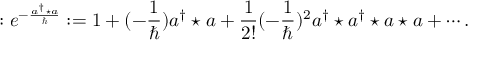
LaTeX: : e ^ { - \frac { a ^ { \dagger } \star a } { \hbar } } : = 1 + ( - \frac { 1 } { \hbar } ) a ^ { \dagger } \star a + \frac { 1 } { 2 ! } ( - \frac { 1 } { \hbar } ) ^ { 2 } a ^ { \dagger } \star a ^ { \dagger } \star a \star a + \cdots .